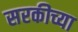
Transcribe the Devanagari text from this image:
सरकीच्या